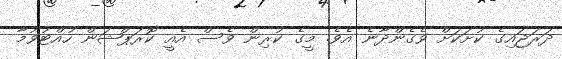
ދަރަޖައިގެ ކުށަކަށް ވެގެންދާނެ އެވެ. މީގެ ކުރިން ވެސް އެއީ ކޮރަޕްޝަން ހުއްޓުވުމާ